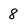
Character: 8